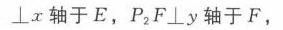
\(\perp x\)轴于\(E\)，\(P_{2}F\perp y\)轴于\(F\)，